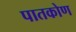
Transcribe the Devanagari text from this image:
पातकोण